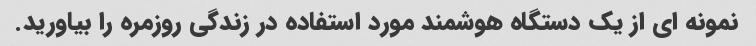
نمونه ای از یک دستگاه هوشمند مورد استفاده در زندگی روزمره را بیاورید.